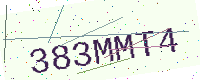
Text: 383MMT4